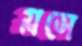
গ্লসে